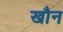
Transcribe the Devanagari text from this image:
खौन